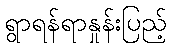
ရွာရန်ရာနှုန်းပြည့်